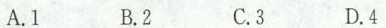
A.1 B.2 C.3 D.4